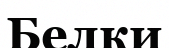
Белки